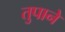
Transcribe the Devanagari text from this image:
तुपाने